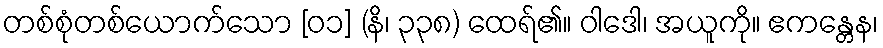
တစ်စုံတစ်ယောက်သော [၀၁] (နိ၊ ၃၃၈) ထေရ်၏။ ဝါဒေါ၊ အယူကို။ ဧကန္တေန၊